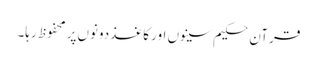
قرآن حکیم سینوں اور کاغذ‌دونوں‌پر محفوظ رہا۔